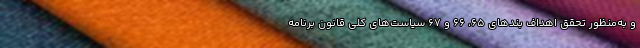
و به‌منظور تحقق اهداف بندهای ۶۵، ۶۶ و ۶۷ سیاست‌های کلی قانون برنامه